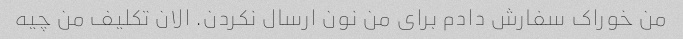
من خوراک سفارش دادم برای من نون ارسال نکردن. الان تکلیف من چیه